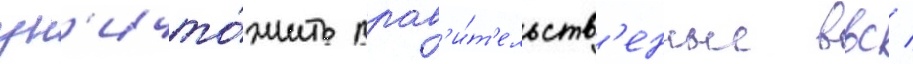
ун'ичто́жить прав'и́т'ельств'енные ввс /